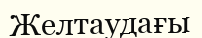
Желтаудағы